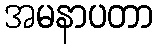
အမနာပတာ